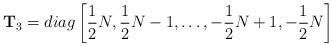
LaTeX: \begin{align*}{\bf T}_3 = diag \left[{1 \over 2}N, {1\over 2}N -1, \dots ,-{1 \over 2} N +1, -{1 \over 2} N \right]\end{align*}